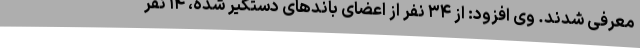
معرفی شدند. وی افزود: از ۳۴ نفر از اعضای باندهای دستگیر شده، ۱۴ نفر